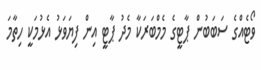
ވޯޓެއްގެ ސަބަބުން ޕާޓީގެ މެމްބަރަކާ މެދު ޕާޓީ އިން ފިޔަވަޅު އެޅުމަކީ ހިތާމަ